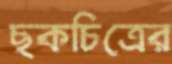
ছকচিত্রের